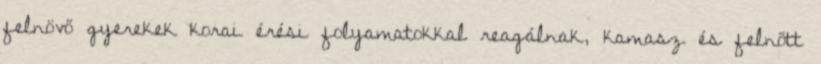
felnövő gyerekek korai érési folyamatokkal reagálnak, kamasz és felnőtt